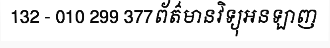
132 - 010 299 377ព័ត៌មានវិទ្យុអនឡាញ